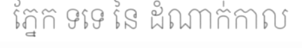
ភ្នែក ទទេ នៃ ដំណាក់កាល